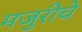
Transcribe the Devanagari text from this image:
मजुरीचे